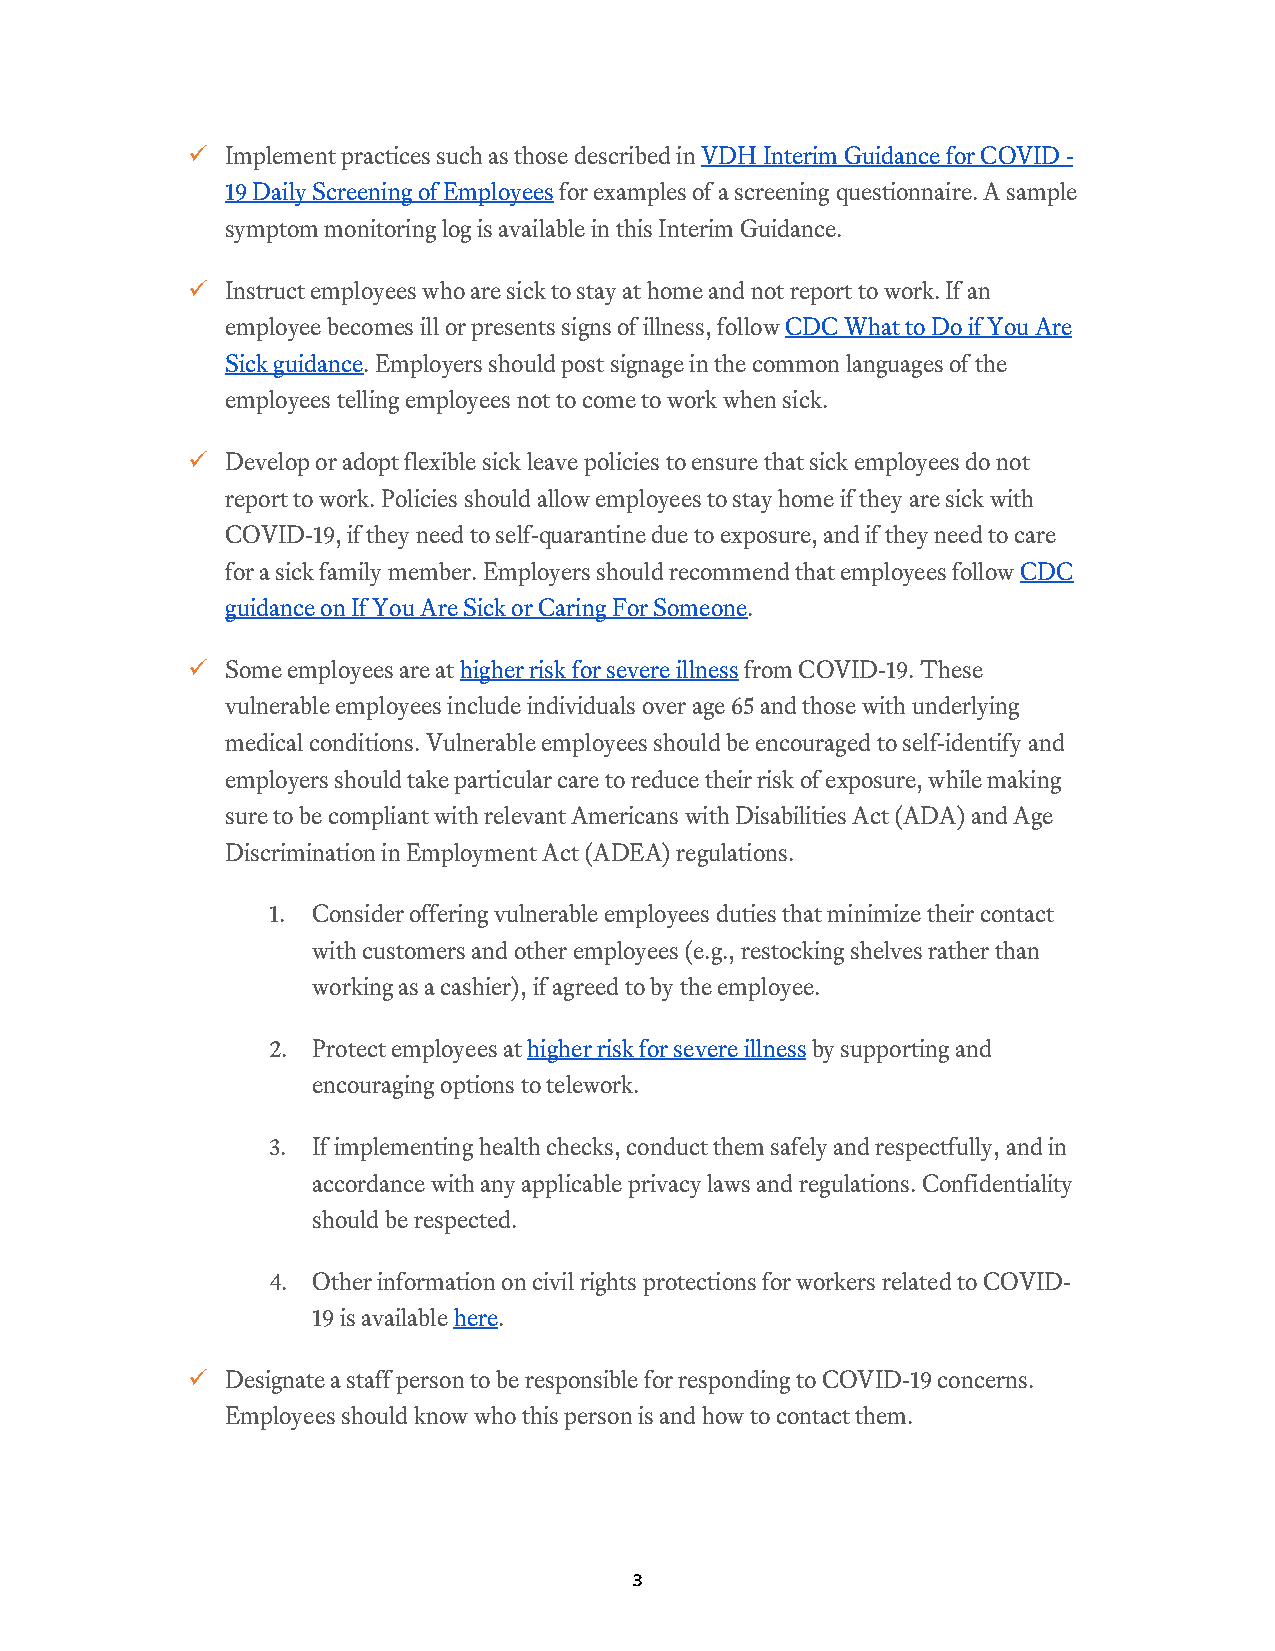
  Implement practices such as those described in VDH Interim Guidance for COVID -
 19 Daily Screening of Employees for examples of a screening questionnaire. A sample
 symptom monitoring log is available in this Interim Guidance.
   Instruct employees who are sick to stay at home and not report to work. If an
 employee becomes ill or presents signs of illness, follow CDC What to Do if You Are
 Sick guidance. Employers should post signage in the common languages of the
 employees telling employees not to come to work when sick.
   Develop or adopt flexible sick leave policies to ensure that sick employees do not
 report to work. Policies should allow employees to stay home if they are sick with
 COVID-19, if they need to self-quarantine due to exposure, and if they need to care
 for a sick family member. Employers should recommend that employees follow CDC
 guidance on If You Are Sick or Caring For Someone.
   Some employees are at higher risk for severe illness from COVID-19. These
 vulnerable employees include individuals over age 65 and those with underlying
 medical conditions. Vulnerable employees should be encouraged to self-identify and
 employers should take particular care to reduce their risk of exposure, while making
 sure to be compliant with relevant Americans with Disabilities Act (ADA) and Age
 Discrimination in Employment Act (ADEA) regulations.
 1. Consider offering vulnerable employees duties that minimize their contact
 with customers and other employees (e.g., restocking shelves rather than
 working as a cashier), if agreed to by the employee.
 2. Protect employees at higher risk for severe illness by supporting and
 encouraging options to telework.
 3. If implementing health checks, conduct them safely and respectfully, and in
 accordance with any applicable privacy laws and regulations. Confidentiality
 should be respected.
 4. Other information on civil rights protections for workers related to COVID-
 19 is available here.
   Designate a staff person to be responsible for responding to COVID-19 concerns.
 Employees should know who this person is and how to contact them.
 3